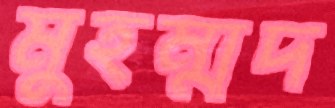
মুহম্মদ